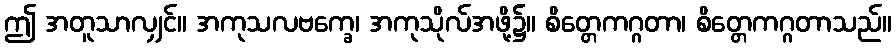
ဤ အတူသာလျှင်။ အကုသလဗက္ခေ၊ အကုသိုလ်အဖို့၌။ စိတ္တေကဂ္ဂတာ၊ စိတ္တေကဂ္ဂတာသည်။